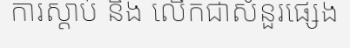
ការស្តាប់ និង លើកជាសំនួរផ្សេង